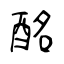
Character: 酩